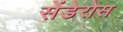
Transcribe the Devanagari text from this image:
सेंडेरोस